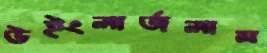
উইংলার্জলাম